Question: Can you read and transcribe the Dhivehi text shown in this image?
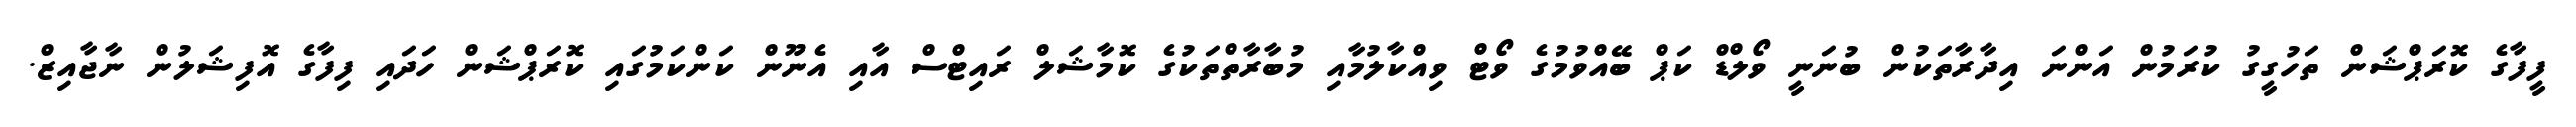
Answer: ފީފާގެ ކޮރަޕްޝަން ތަހުގީގު ކުރަމުން އަންނަ އިދާރާތަކުން ބުނަނީ ވޯލްޑް ކަޕް ބޭއްވުމުގެ ވޯޓް ވިއްކާލުމާއި މުބާރާތްތަކުގެ ކޮމާޝަލް ރައިޓްސް އާއި އެނޫން ކަންކަމުގައި ކޮރަޕްޝަން ހަދައި ފިފާގެ އޮފިޝަލުން ނާޖާއިޒް.